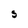
Character: S